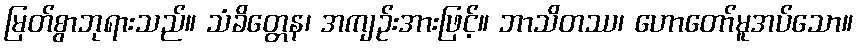
မြတ်စွာဘုရားသည်။ သံခိတ္တေန၊ အကျဉ်းအားဖြင့်။ ဘာသိတဿ၊ ဟောတော်မူအပ်သော။